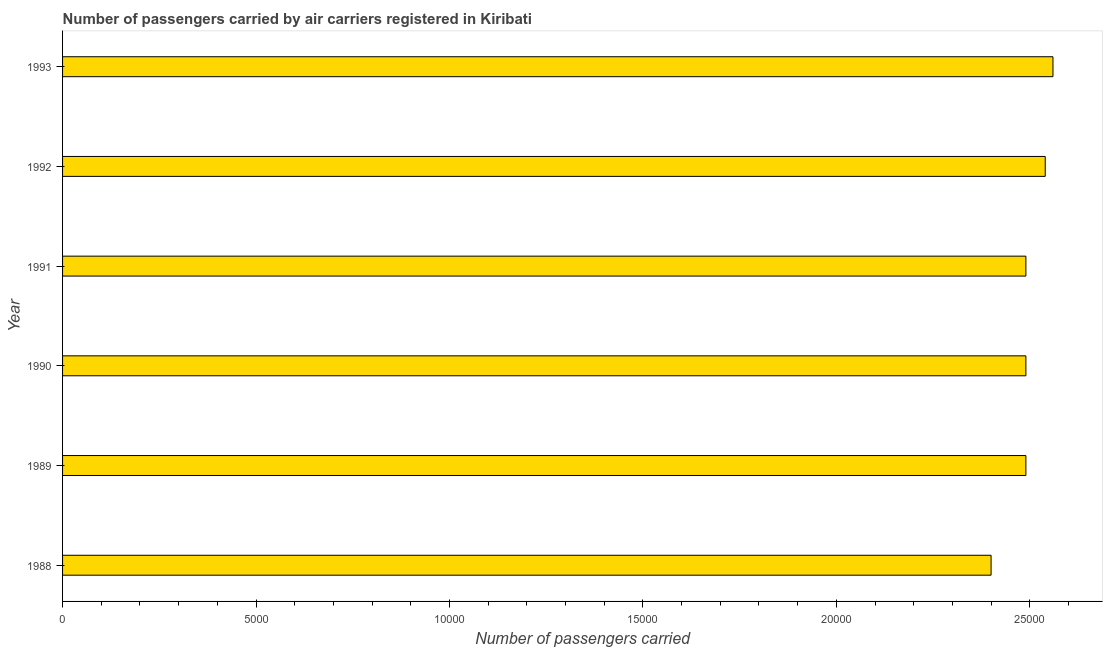
| Year | Air transport |
 | --- | --- |
 | 1988 | 2.4e+04 |
 | 1989 | 2.49e+04 |
 | 1990 | 2.49e+04 |
 | 1991 | 2.49e+04 |
 | 1992 | 2.54e+04 |
 | 1993 | 2.56e+04 |